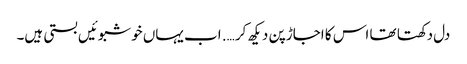
دل دکھتا تھا اس کا اجاڑ پن دیکھ کر …. اب یہاں خوشبوئیں بستی ہیں۔